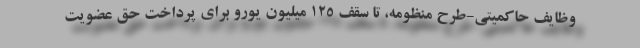
وظایف حاكمیتی-طرح منظومه، تا سقف 125 میلیون یورو برای پرداخت حق عضویت